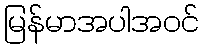
မြန်မာအပါအဝင်